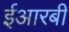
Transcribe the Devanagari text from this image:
ईआरबी